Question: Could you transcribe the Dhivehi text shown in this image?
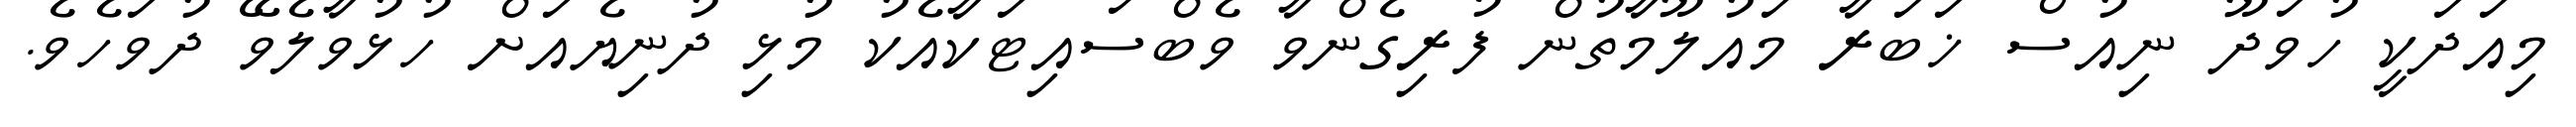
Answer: މިއަދަކީ ހުވަދޫ ނިއުސް ޚަބަރާ މައުލޫމާތުން ފުރިގެންވާ ވެބްސައިޓަކާއެކު މުޅި ދުނިޔެއަށް ހުޅުވާލެވޭ ދުވަހެވެ.